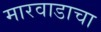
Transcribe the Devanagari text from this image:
मारवाडाचा